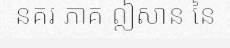
នគរ ភាគ ឦសាន នៃ